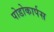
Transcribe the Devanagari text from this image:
पोडोकार्पस